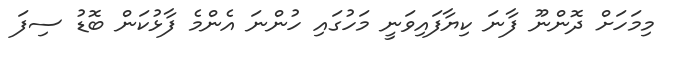
މިމަހަށް ދޮންނޫ ފާނަ ކިޔާފައިވަނީ މަހުގައި ހުންނަ އެންމެ ފާޅުކަން ބޮޑު ސިފަ